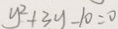
y ^ { 2 } + 3 y - 1 0 = 0